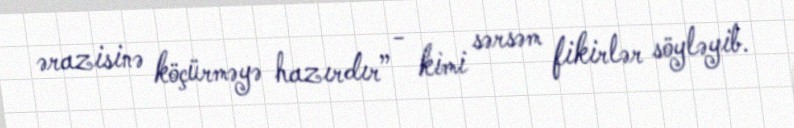
ərazisinə köçürməyə hazırdır” - kimi sərsəm fikirlər söyləyib.